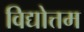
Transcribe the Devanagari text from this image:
विद्योत्तम